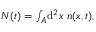
\begin{array} { r } { N ( t ) = \int _ { A } \! \mathrm { d } ^ { 2 } x \ n ( { \boldsymbol { x } } , t ) , } \end{array}